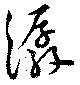
潺